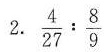
2.$$\frac { 4 } { 2 7 } : \frac { 8 }{ 9 }$$